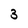
Character: 3